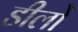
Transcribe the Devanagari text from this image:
डीलों